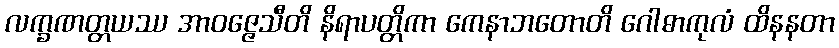
လက္ခဏတ္တယဿ အာဝဇ္ဇေသီတိ နိရာပတ္တိကာ ကေနာဘတောတိ ဂေါဓာကုလံ ထိနနတာ